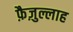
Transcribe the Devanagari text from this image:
फ़ैज़ुल्लाह